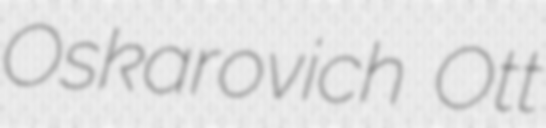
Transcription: Oskarovich Ott